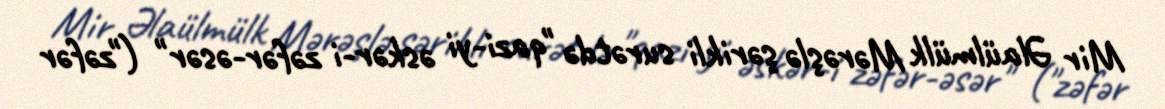
Mir Əlaülmülk Mərəşlə şərikli surətdə "qazi-yi əskər-i zəfər-əsər" ("zəfər